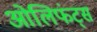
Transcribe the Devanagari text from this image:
ओलिफंट्स